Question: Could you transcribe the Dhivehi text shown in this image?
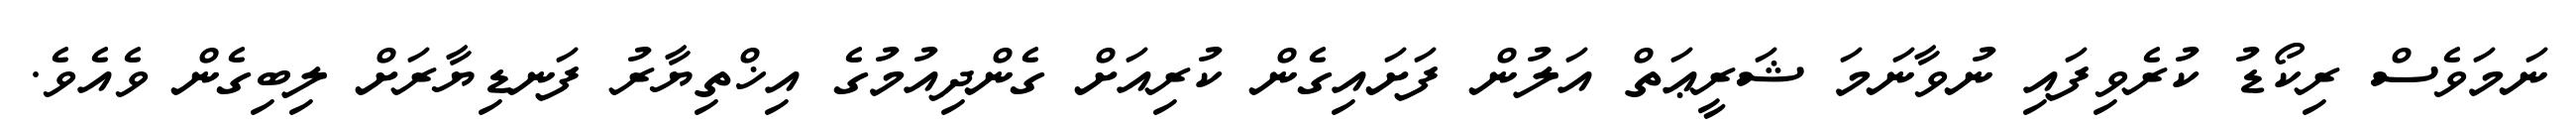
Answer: ނަމަވެސް ރިކޯޑު ކުރެވިފައި ނުވާނަމަ ޝަރީޢަތް އަލުން ފަށައިގެން ކުރިއަށް ގެންދިއުމުގެ އިޚްތިޔާރު ފަނޑިޔާރަށް ލިބިގެން ވެއެވެ.